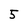
Character: 5